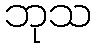
ဘုသ